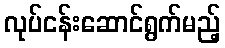
လုပ်ငန်းဆောင်ရွက်မည့်